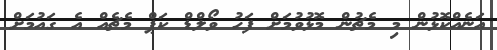
އަނެއްކޮޅުން މި މެޗުން މޮޅުވުމަށް ފަހު ވޯލްޑް ކަޕް މެޗެއް އެ ގައުމަށް